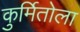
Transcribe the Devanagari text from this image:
कुर्मितोला